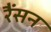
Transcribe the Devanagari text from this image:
रैंसन